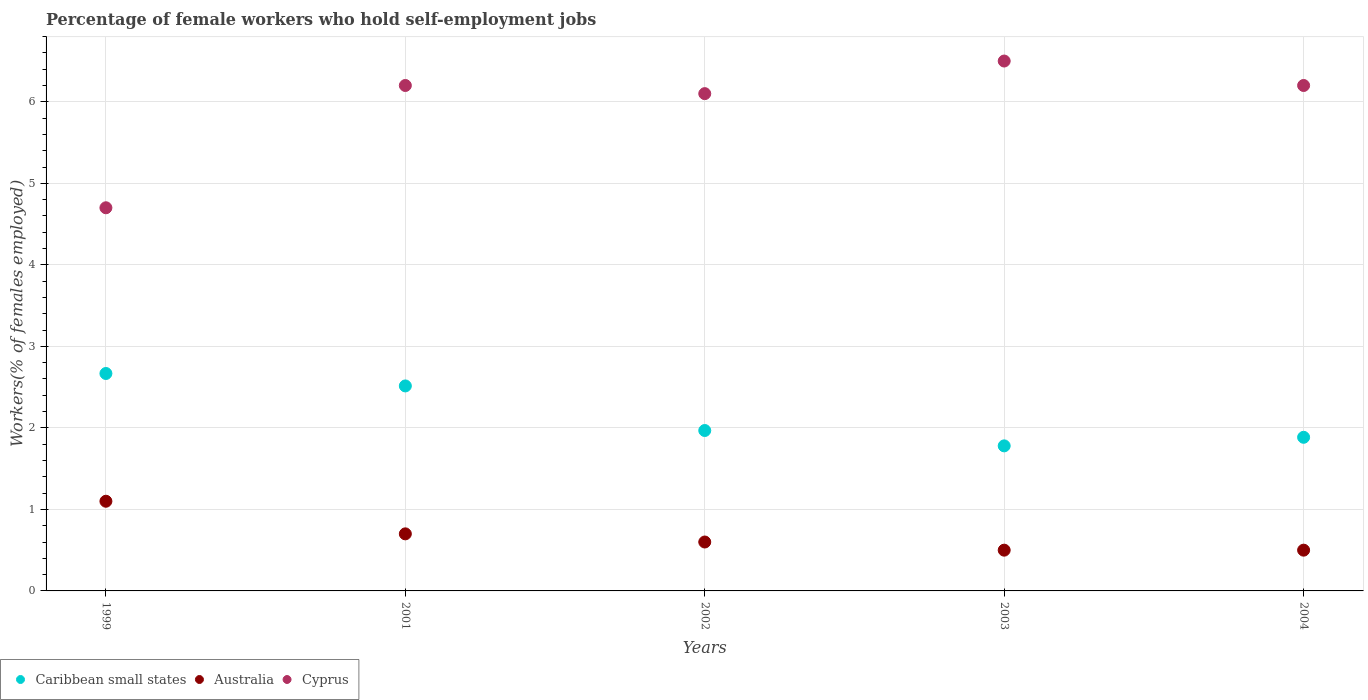
| Years | Caribbean small states | Australia | Cyprus |
 | --- | --- | --- | --- |
 | 1999 | 2.67 | 1.1 | 4.7 |
 | 2001 | 2.51 | 0.7 | 6.2 |
 | 2002 | 1.97 | 0.6 | 6.1 |
 | 2003 | 1.78 | 0.5 | 6.5 |
 | 2004 | 1.88 | 0.5 | 6.2 |